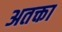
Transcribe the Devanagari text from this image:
अतक्ता